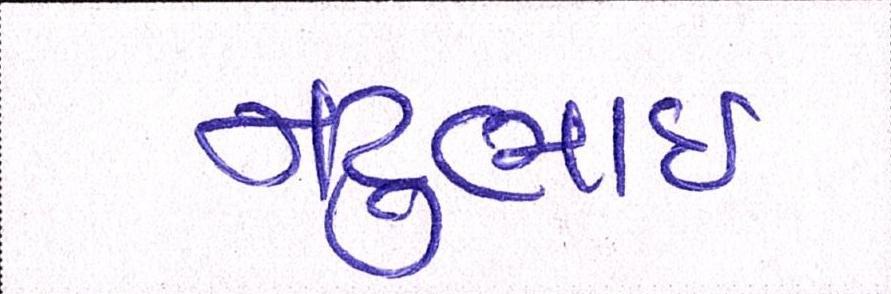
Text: નટુભાઈ